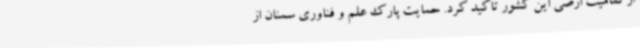
از تمامیت ارضی این کشور تاکید کرد. حمایت پارک علم و فناوری سمنان از